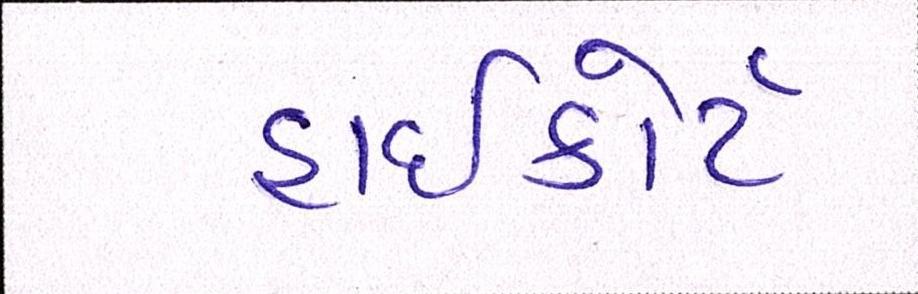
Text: હાઈકોર્ટ